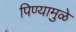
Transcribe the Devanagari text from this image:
पिण्यामुळे